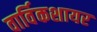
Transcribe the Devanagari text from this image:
वार्विकशायर